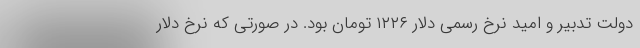
دولت تدبیر و امید نرخ رسمی دلار ۱۲۲۶ تومان بود. در صورتی که نرخ دلار